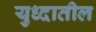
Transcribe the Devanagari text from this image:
युध्दातील